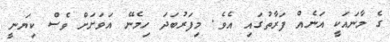
ގެ މާނައަކީ އަނެއް ފަރާތުގައި އެވެ. މިފަރުބަދަ ހިމެނޭ އަވަށަށްް ވެސް ކިޔަނީ